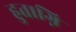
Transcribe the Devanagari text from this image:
हुताग्नि